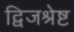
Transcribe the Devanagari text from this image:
द्विजश्रेष्ट